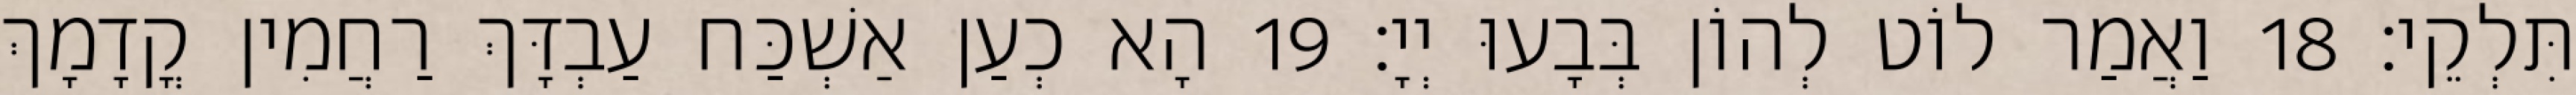
תִּלְקֵי׃ 18 וַאֲמַר לוֹט לְהוֹן בְּבָעוּ יְיָ׃ 19 הָא כְעַן אַשְׁכַּח עַבְדָּךְ רַחֲמִין קֳדָמָךְ